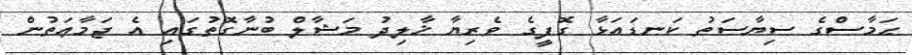
ޙަމާސްގެ ސިޔާސަތު ކަނޑައަޅާ ގޮފީގެ ވެރިޔާ ޚާލިދު މަޝާލް ބުނާގޮތުގައި އެ ޖަމާޢަތުން